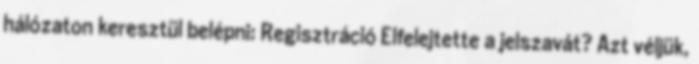
hálózaton keresztül belépni: Regisztráció Elfelejtette a jelszavát? Azt véljük,